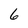
Character: 6